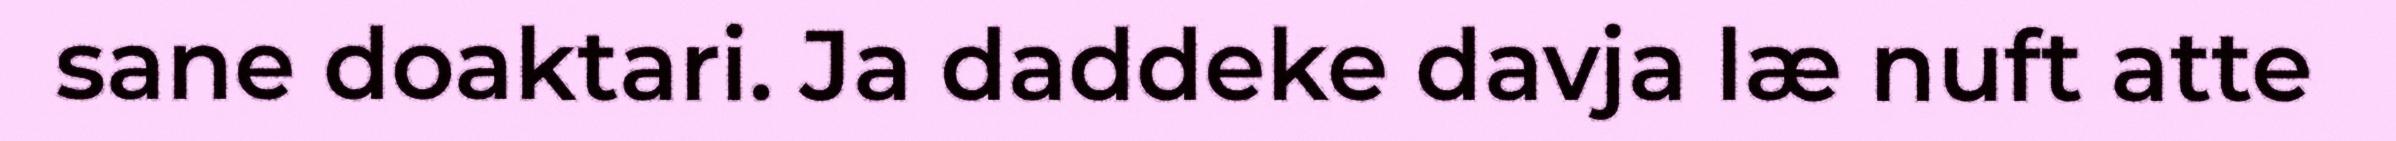
sane doaktari. Ja daddeke davja læ nuft atte